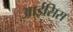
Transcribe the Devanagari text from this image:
आईसिस